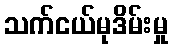
သက်ငယ်မုဒိမ်းမှု